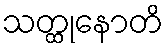
သတ္ထုနောတိ